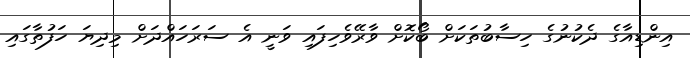
އިންޑިއާގެ ދެކުނުގެ ހިސާބުތަކަށް ބޯކޮށް ވާރޭވެހިފައި ވަނީ އެ ސަރަހައްދަށް މިދިޔަ ހަފުތާގައި